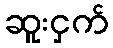
ဆူးငှက်